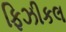
ફિઝીકલ